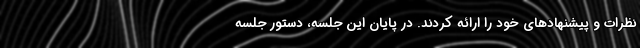
نظرات و پیشنهادهای خود را ارائه کردند. در پایان این جلسه، دستور جلسه